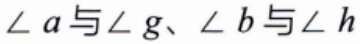
$\angle a与\angle g、\angle b与\angle h$